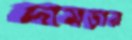
দামড়ার